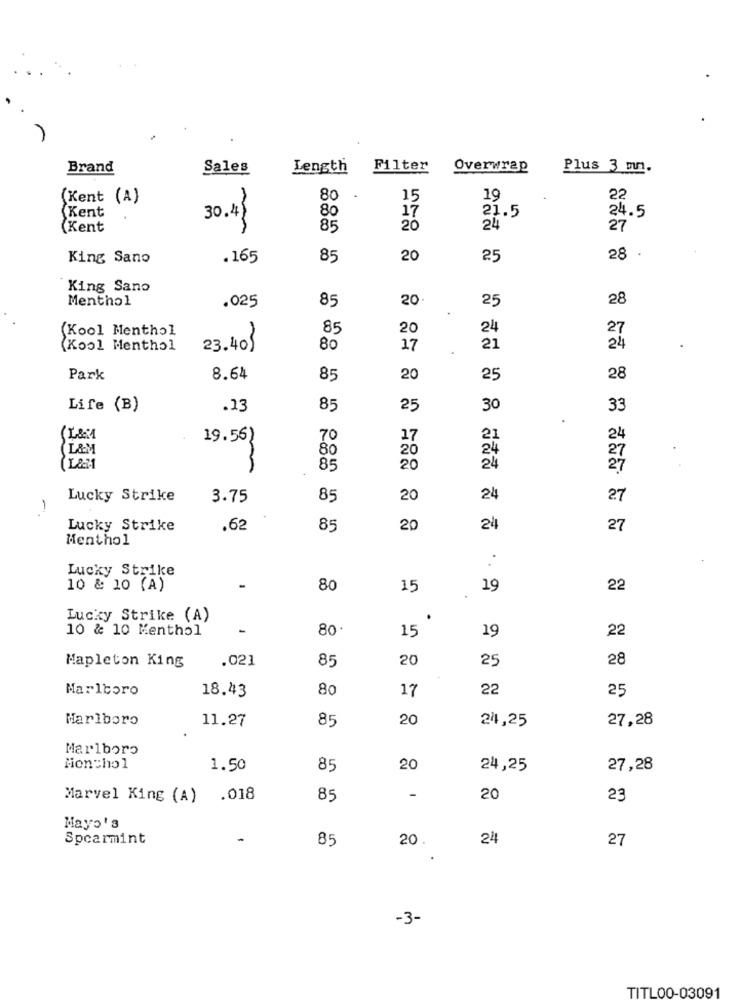
Brand
Sales
Length
Filter
Overwrap
Plus 3 mm.
(Kent (A)
80
15
19
22
Kent
17
24.5
30.4 }
80
21.5
(Kent
85
20
24'
27
King Sano
.165
85
20
25
28
.
King Sano
Menthol
.025
85
20
25
28
(Kool Menthol
85
20
24
27
(Kool Menthol
23.40}
80
17
21
24
Park
8.64
85
20
25
28
Life (B)
.13
85
25
30
33
19.56)
70
17
21
24
L&M
80
20
24
85
20
24
Lucky Strike
3.75
85
20
24
27
Lucky Strike
.62
85
20
24
27
Menthol
Lucky Strike
10 & 10 (A)
80
15
19
22
Lucky Strike (A)
10 & 10 Menthol
80.
15
19
22
Mapleton King
.021
85
20
25
28
Marlboro
18.43
80
17
22
25
Marlboro
11.27
85
20
24,25
27,28
Marlboro
Monthol
1.50
85
20
24,25
27,28
Marvel King (A) .018
85
-
20
23
Mayo's
Spearmint
85
20.
24
27
-3-
TITL00-03091